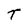
Character: T